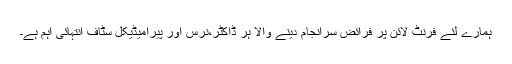
ہمارے لئے فرنٹ لائن پر فرائض سرانجام دینے والا ہر ڈاکٹر،نرس اور پیرامیڈیکل سٹاف انتہائی اہم ہے۔